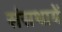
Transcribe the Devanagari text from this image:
संसथायें